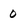
Character: 0